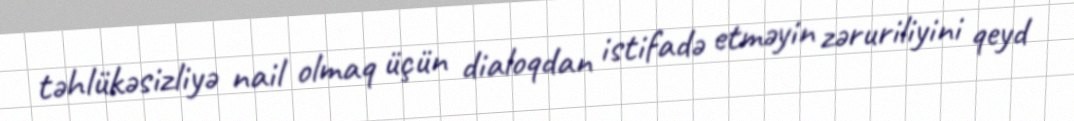
təhlükəsizliyə nail olmaq üçün dialoqdan istifadə etməyin zəruriliyini qeyd